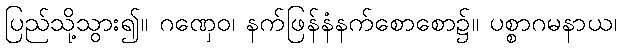
ပြည်သို့သွား၍။ ဂဏှေဝ၊ နက်ဖြန်နံနက်စောစော၌။ ပစ္စာဂမနာယ၊